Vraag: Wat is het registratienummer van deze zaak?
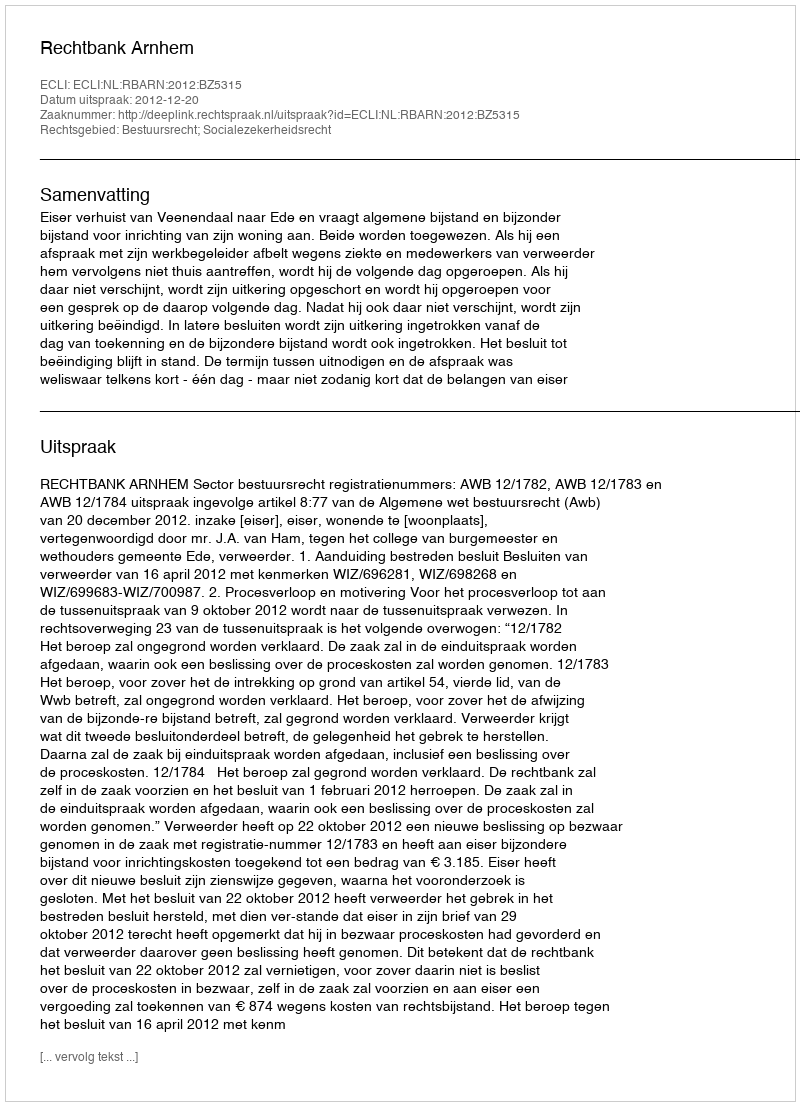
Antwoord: http://deeplink.rechtspraak.nl/uitspraak?id=ECLI:NL:RBARN:2012:BZ5315